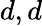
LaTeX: d,d